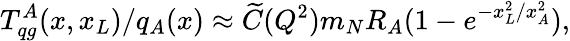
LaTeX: T_{qg}^{A}(x,x_{L})/q_{A}(x)\approx\widetilde{C}(Q^{2})m_{N}R_{A}(1-e^{-x_{L}^{2}/x_{A}^{2}}),